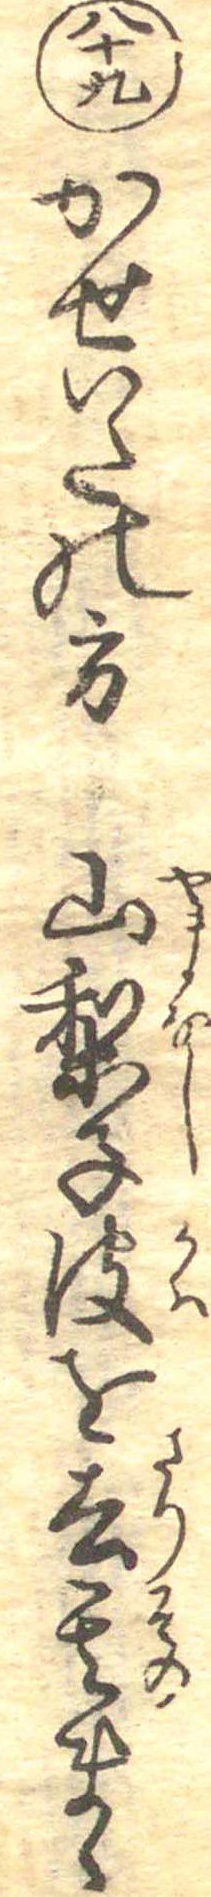
八十九かせいたの方山梨子皮を去其まゝ